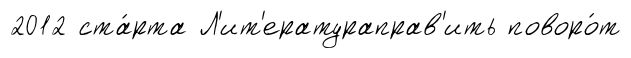
2012 ста́рта Л'ит'ератураправ'ить поворо́т